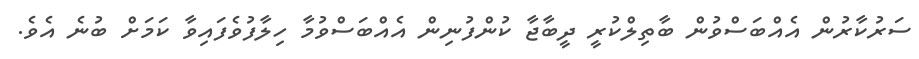
ސަރުކާރުން އެއްބަސްވުން ބާތިލްކުރީ ދީބާޖާ ކުންފުނިން އެއްބަސްވުމާ ހިލާފުވެފައިވާ ކަމަށް ބުނެ އެވެ.